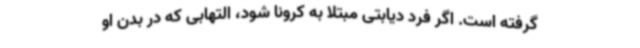
گرفته است. اگر فرد دیابتی مبتلا به کرونا شود، التهابی که در بدن او